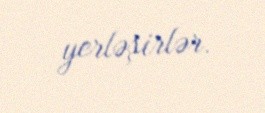
yerləşirlər.